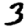
Digit: 3